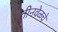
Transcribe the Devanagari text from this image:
तीनवेळचे